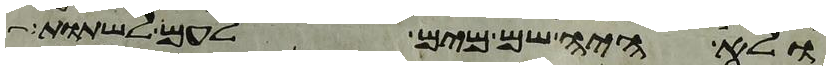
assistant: ולא היה שם מים לעם לשתות